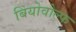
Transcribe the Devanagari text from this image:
बियोवोल्फ